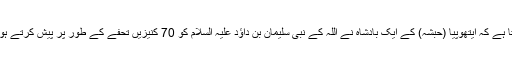
صالح کے مطابق “کہا جاتا ہے کہ ایتھوپیا (حبشہ) کے ایک بادشاہ نے اللہ کے نبی سلیمان بن داؤد علیہ السلام کو 70 کنیزیں تحفے کے طور پر پیش کرتے ہوئے انہیں بیت القدس بھیجا۔